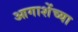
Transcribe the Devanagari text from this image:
आगाशेंच्या